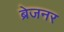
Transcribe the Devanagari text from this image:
ब्रेजनर